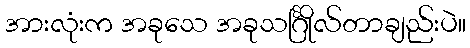
အားလုံးက အခုသေ အခုသင်္ဂြိုလ်တာချည်းပဲ။